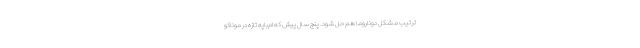
ترتیب مشکل دوناروما هم حل شود. پنج سال پیش که ام‌باپه تازه در موناکو